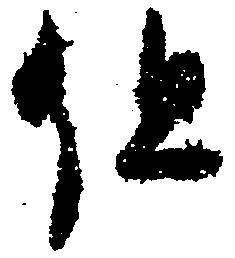
但